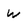
Character: W